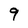
Character: 9